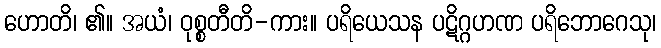
ဟောတိ၊ ၏။ အယံ၊ ဝုစ္စတီတိ-ကား။ ပရိယေသန ပဋိဂ္ဂဟဏ ပရိဘောဂေသု၊